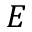
E